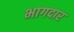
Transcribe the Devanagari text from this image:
भागदार